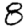
Digit: 8